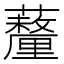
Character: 𧄚